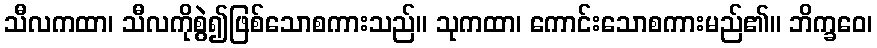
သီလကထာ၊ သီလကိုစွဲ၍ဖြစ်သောစကားသည်။ သုကထာ၊ ကောင်းသောစကားမည်၏။ ဘိက္ခဝေ၊